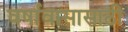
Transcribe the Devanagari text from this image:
वर्षावासासाठी